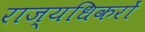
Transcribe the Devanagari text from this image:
राज्यधिकरों